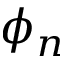
\phi _ { n }